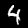
Label: 4